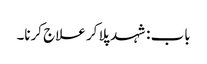
باب : شہد پلا کر علاج کرنا۔